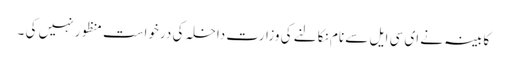
کابینہ نے ای سی ایل سے نام نکالنے کی وزارت داخلہ کی درخواست منظور نہیں کی ۔